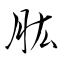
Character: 肱